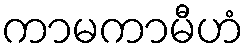
ကာမကာမီဟံ